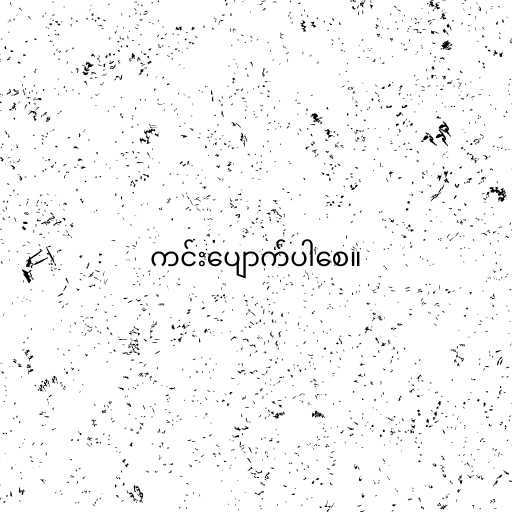
ကင်းပျောက်ပါစေ။